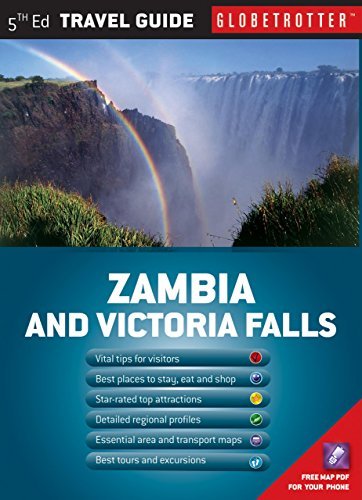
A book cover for By William Gray Zambia and Victoria Falls Travel Pack (Globetrotter Travel Packs) (Fifth Edition) [Paperback]; Travel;